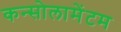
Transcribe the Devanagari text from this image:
कन्सोलामेंटम